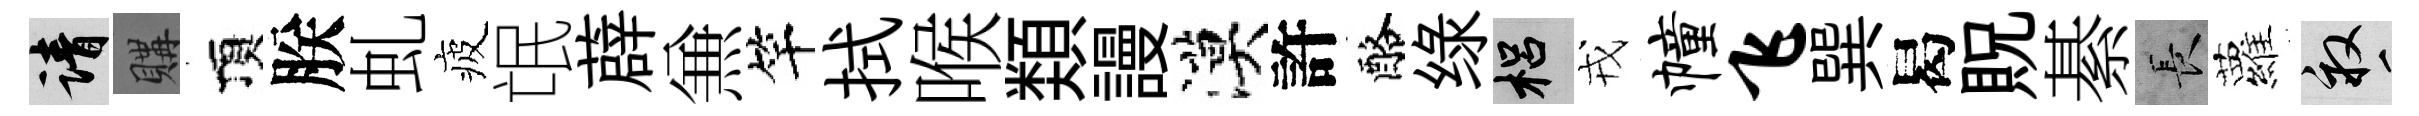
請購頂朕虬疲氓薜𠔥竿拭喉𩔖謾漠許酪绿梠戎幢飞巽曷貺綦长蘿畝